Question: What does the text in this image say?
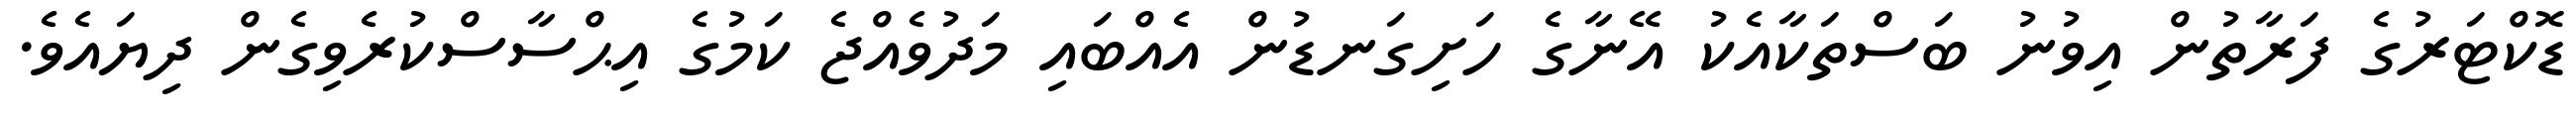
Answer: ޑޮކްޓަރުގެ ފަރާތުން އިވުނު ބަސްތަކާއެކު އޭނާގެ ހަށިގަނޑުން އެއްބައި މަދުވެއްޖެ ކަމުގެ އިޙްސާސްކުރެވިގެން ދިޔައެވެ.